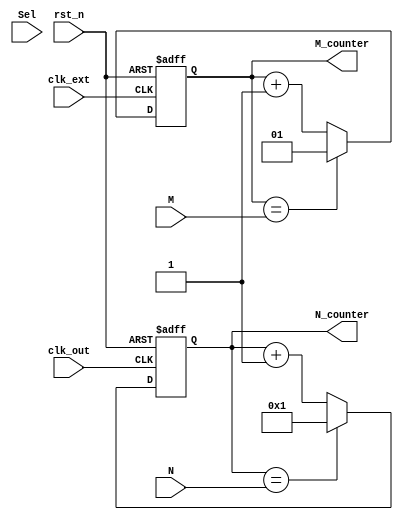
module Clock_counter(
    input clk_ext,
    input clk_out,
    input [3:0] N,
    input [1:0] M,
    input Sel,
    input rst_n,
    output reg [3:0] N_counter,
    output reg [1:0] M_counter
);
    reg [3:0] cnt_tmp_N;
    reg [1:0] cnt_tmp_M;

    always @(*) begin
        if (M_counter == M) begin
            cnt_tmp_M = 2'd1;
        end else begin
            cnt_tmp_M = M_counter + 2'd1;
        end
    end

    always @(posedge clk_ext or negedge rst_n) begin
        if(~rst_n) begin
            M_counter <= 2'd0;
        end else begin
            M_counter <= cnt_tmp_M;
        end
    end

    always @(*) begin
        if(N_counter == N) begin
            cnt_tmp_N = 4'd1;
        end else begin
            cnt_tmp_N = N_counter + 4'd1;
        end
    end
    
    always @(posedge clk_out or negedge rst_n) begin
        if(~rst_n) begin
            N_counter <= 4'd0;
        end else begin
            N_counter <= cnt_tmp_N;
        end
    end

endmodule